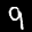
Label: 9